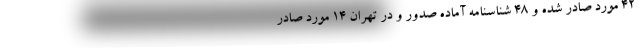
۴۲ مورد صادر شده و ۴۸ شناسنامه آماده صدور و در تهران ۱۴ مورد صادر